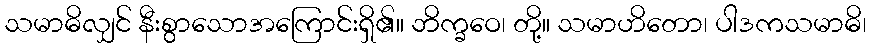
သမာဓိလျှင် နီးစွာသောအကြောင်းရှိ၏။ ဘိက္ခဝေ၊ တို့။ သမာဟိတော၊ ပါဒကသမာဓိ၊